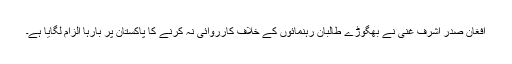
افغان صدر اشرف غنی نے بھگوڑے طالبان رہنمائوں کے خلاف کارروائی نہ کرنے کا پاکستان پر بارہا الزام لگایا ہے۔